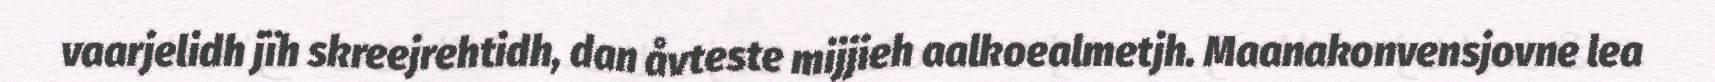
vaarjelidh jïh skreejrehtidh, dan åvteste mijjieh aalkoealmetjh. Maanakonvensjovne lea